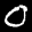
Label: 0